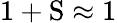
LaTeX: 1+\mathrm{S}\approx 1